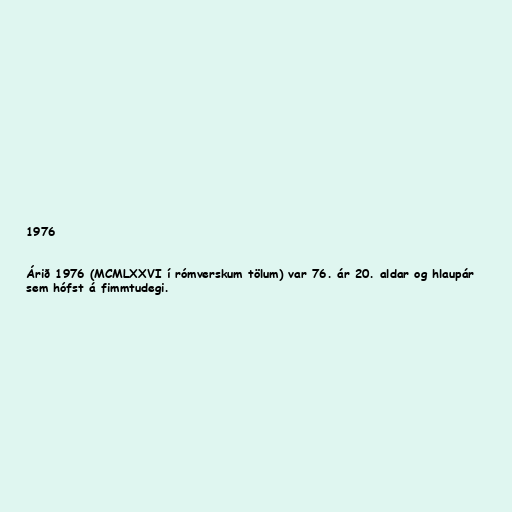
1976

Árið 1976 (MCMLXXVI í rómverskum tölum) var 76. ár 20. aldar og hlaupár
sem hófst á fimmtudegi.